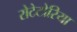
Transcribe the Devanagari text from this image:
रोटेटोरिया